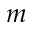
m